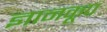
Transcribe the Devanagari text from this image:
ज्ञानकूप